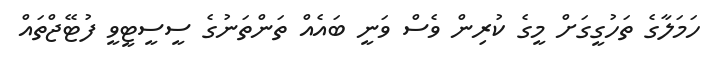
ހަމަލާގެ ތަހުގީގަށް މީގެ ކުރިން ވެސް ވަނީ ބައެއް ތަންތަނުގެ ސީސީޓީވީ ފުޓޭޖްތައް